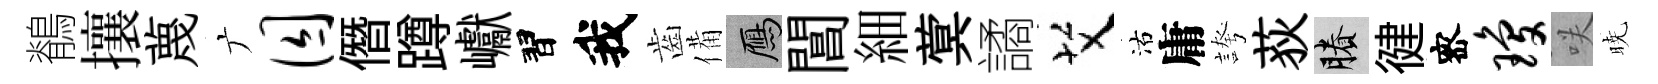
鶺攘蔑广囚僭蹲巘習我齒備鴈閶細蓂譎艾沽庸誇荻賸徤宻琼咲暁